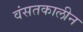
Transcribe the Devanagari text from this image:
वंसतकालीन